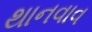
થાનવાવ